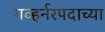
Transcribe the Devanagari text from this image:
गव्हर्नरपदाच्या